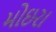
મોઇરા